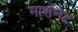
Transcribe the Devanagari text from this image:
मार्शनेट